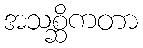
အသစ္ဆိကတာ